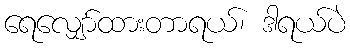
ရေလျှော်ထားတာရယ်၊ ဒါရယ်ပဲ